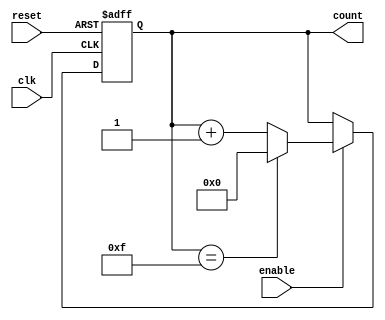
module async_counter (
    input wire clk,        // Clock signal
    input wire reset,      // Asynchronous reset signal
    input wire enable,     // Enable signal for counting
    output reg [3:0] count // 4-bit current count value
);

// Maximum count value for a 4-bit counter
localparam MAX_COUNT = 4'b1111; // 15 in decimal

// Asynchronous reset and counting logic
always @(posedge clk or posedge reset) begin
    if (reset) begin
        count <= 4'b0000; // Reset count to 0
    end else if (enable) begin
        if (count == MAX_COUNT) begin
            count <= 4'b0000; // Wrap around to 0
        end else begin
            count <= count + 1; // Increment count
        end
    end
end

endmodule